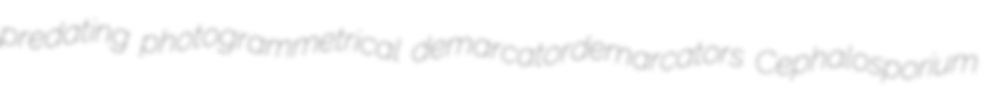
predating photogrammetrical demarcatordemarcators Cephalosporium